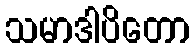
သမာဒါပိတော